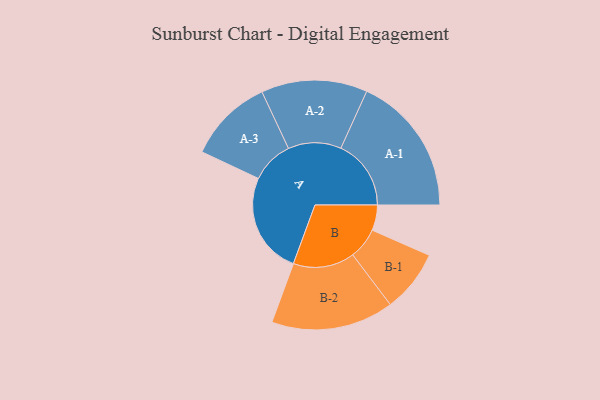
{"axis": {"x": "Segment", "y": "Value"}, "legend": ["", "A", "B"], "data": [{"x": "A", "y": 404, "type": ""}, {"x": "B", "y": 101, "type": ""}, {"x": "A-1", "y": 279, "type": "A"}, {"x": "A-2", "y": 211, "type": "A"}, {"x": "A-3", "y": 169, "type": "A"}, {"x": "B-1", "y": 124, "type": "B"}, {"x": "B-2", "y": 244, "type": "B"}]}